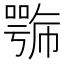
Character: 𭋍